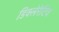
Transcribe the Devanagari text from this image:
डिक्लेरेटिव